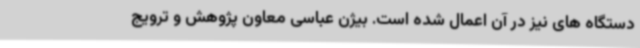
دستگاه های نیز در آن اعمال شده است. بیژن عباسی معاون پژوهش و ترویج